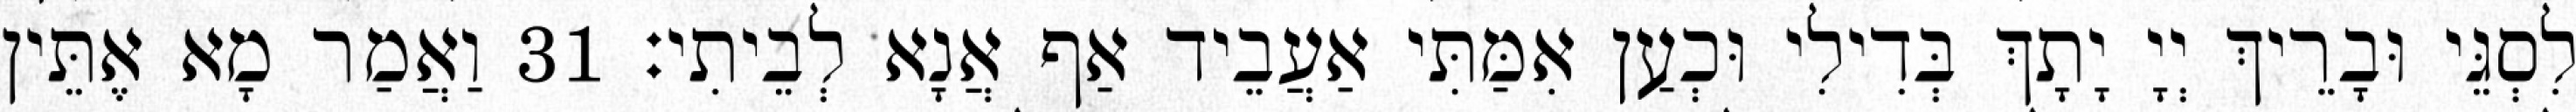
לִסְגֵּי וּבָרֵיךְ יְיָ יָתָךְ בְּדִילִי וּכְעַן אִמַּתִּי אַעֲבֵיד אַף אֲנָא לְבֵיתִי׃ 31 וַאֲמַר מָא אֶתֵּין